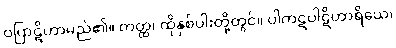
ဝပြာဋိဟာမည်၏။ တတ္ထ၊ ထိုနှစ်ပါးတို့တွင်။ ပါကဋပါဋိဟာရိယေ၊